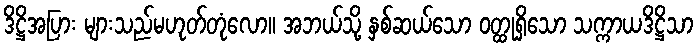
ဒိဋ္ဌိအပြား များသည်မဟုတ်တုံလော။ အဘယ်သို့ နှစ်ဆယ်သော ဝတ္ထုရှိသော သက္ကာယဒိဋ္ဌိသာ